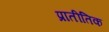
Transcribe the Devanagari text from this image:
प्रातीतिक